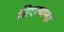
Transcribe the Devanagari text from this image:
लिएज्यादा